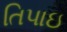
તિપાઇ